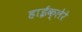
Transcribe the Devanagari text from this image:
हाईक्लेरे